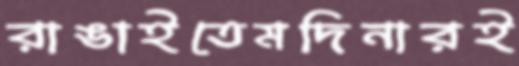
রাঙাইতেমদিনারই